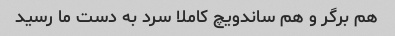
هم برگر و هم ساندویچ کاملا سرد به دست ما رسید